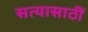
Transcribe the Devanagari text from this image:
सत्यासाठीं